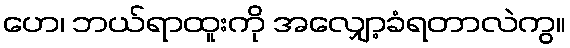
ဟေ၊ ဘယ်ရာထူးကို အလျှော့ခံရတာလဲကွ။